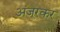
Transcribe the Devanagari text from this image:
अंजूरकर